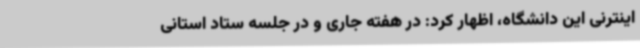
اینترنی این دانشگاه، اظهار کرد: در هفته جاری و در جلسه ستاد استانی